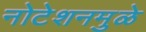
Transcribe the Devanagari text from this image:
नोटेशनमुळे